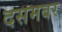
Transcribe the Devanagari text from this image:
दसमबर